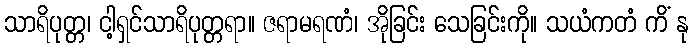
သာရိပုတ္တ၊ ငါ့ရှင်သာရိပုတ္တရာ။ ဇရာမရဏံ၊ အိုခြင်း သေခြင်းကို။ သယံကတံ ကိံ နု